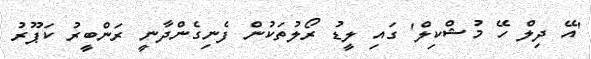
'އޭ ދިލް ހޭ މުޝްކިލް' ގައި ލީޑު ރޯލުތަކުން ފެނިގެންދާނީ ރަންބީރު ކަޕޫރު